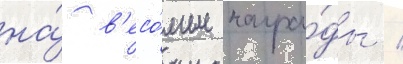
на́ в'есо́мые награ́ды /